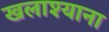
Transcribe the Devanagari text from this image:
खलाश्याना